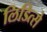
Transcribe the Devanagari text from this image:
लिडित्से